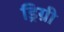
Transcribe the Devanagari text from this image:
ड्रिग्री